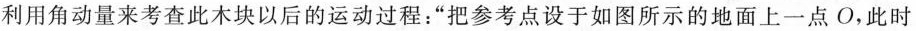
利用角动量来考查此木块以后的运动过程：”把参考点设于如图所示的地面上一点O，此时